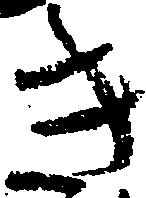
き